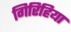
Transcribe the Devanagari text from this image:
गिरिहिया